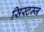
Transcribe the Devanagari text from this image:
सिस्टम्ज